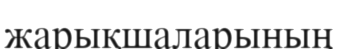
жарықшаларының